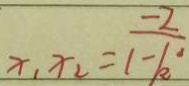
x _ { 1 } x _ { 2 } = \frac { - 2 } { 1 - k ^ { 2 } }